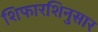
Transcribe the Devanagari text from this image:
शिफारशिनुसार